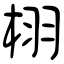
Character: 栩